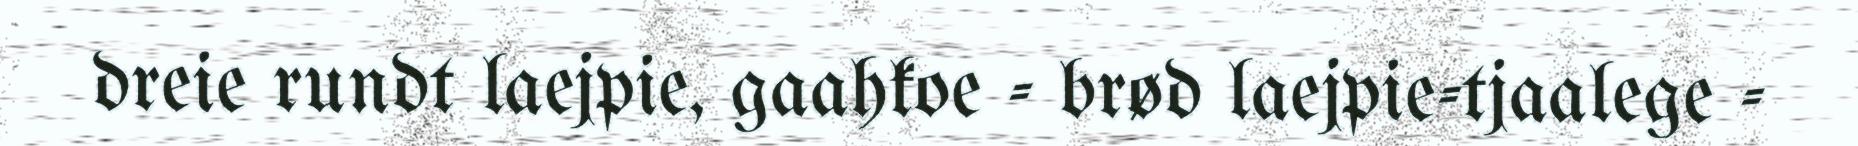
dreie rundt laejpie, gaahkoe - brød laejpie-tjaalege -